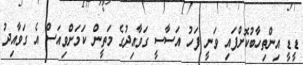
ޑީޑީ އިންތިހާބުކޮށްފައި ވަނީ ފަހު އަސާސީ ގަވާއިދުގެ މަތީން ކަމަށްވިއަސް އެ ގަވާއިދު